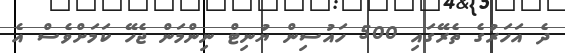
ދެ އަހަރުގެ ތެރޭގައި 500 ހައުސިން ޔުނިޓް ނިންމަން ޖެހޭ ކަމަށްވެސް އެ